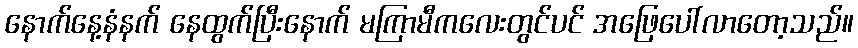
နောက်နေ့နံနက် နေထွက်ပြီးနောက် မကြာမီကလေးတွင်ပင် အဖြေပေါ်လာတော့သည်။